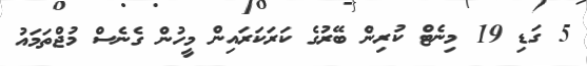
5 ގަޑި 19 މިނެޓް ކުރިން ބޭރުގެ ކަރަކަރައިން މީހުން ގެނެސް މުޖްތަމައު